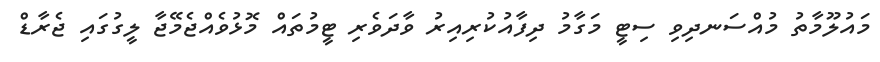
މައުލޫމާތު މުއްސަނދިވި ސިޓީ މަގާމު ދިފާއުކުރިއިރު ވާދަވެރި ޓީމުތައް މޮޅުވެއްޖެމޭޖާ ލީގުގައި ޖެރާޑް